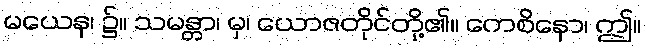
မယေန၊ ၌။ သမန္တာ၊ မှ၊ ယောဇတိုင်တို့၏။ ကေစိနော၊ ဤ။